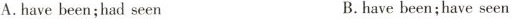
A. have been;had seen B. have been;have seen